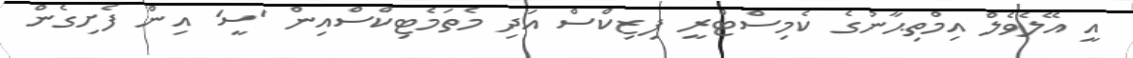
އީ އޭލެވެލް އިމްތިޙާނުގެ ކެމިސްޓްރީ ފިޒިކްސް އަދި މެތަމެޓިކްސްއިން 'ސީ' އިން ފެށިގެން